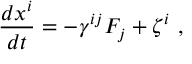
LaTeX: \frac { d x ^ { i } } { d t } = - \gamma ^ { i j } F _ { j } + \zeta ^ { i } \ ,